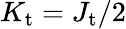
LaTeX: K_{\mathrm{t}}=J_{\mathrm{t}}/2